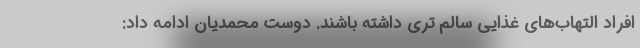
افراد التهاب‌های غذایی سالم تری داشته باشند. دوست محمدیان ادامه داد: